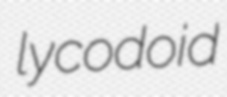
lycodoid